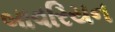
બાવરિયન